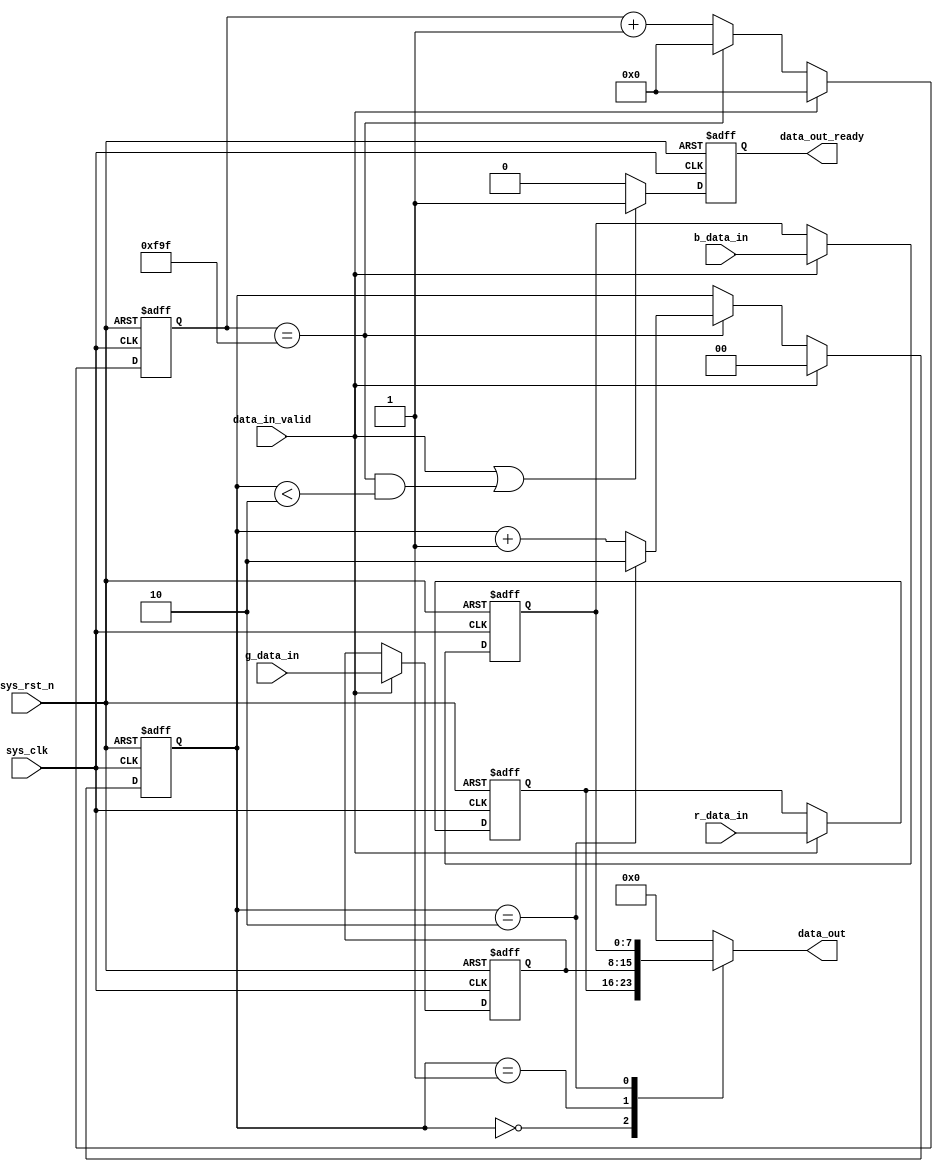
module whatever2 (input wire sys_clk,
                  input wire sys_rst_n,
                  input wire data_in_valid,
                  input wire [7:0] r_data_in,
                  input wire [7:0] g_data_in,
                  input wire [7:0] b_data_in,
                  output reg [7:0] data_out,
                  output reg data_out_ready);
    
    parameter COUNT1_MAX = 4000;
    reg [31:0] count1;
    reg [1:0] count2;
    reg [7:0] r_data;
    reg [7:0] g_data;
    reg [7:0] b_data;
    
    always @(posedge sys_clk or negedge sys_rst_n) begin
        if (sys_rst_n == 1'b0) begin
            r_data <= 8'b0;
            g_data <= 8'b0;
            b_data <= 8'b0;
        end
        else begin
            if (data_in_valid == 1'b1) begin
                r_data <= r_data_in;
                g_data <= g_data_in;
                b_data <= b_data_in;
            end
        end
    end
    
    always @(posedge sys_clk or negedge sys_rst_n) begin
        if (sys_rst_n == 1'b0) begin
            count1 <= 0;
        end
        else begin
            if (data_in_valid == 1'b1) begin
                count1 <= 0;
            end
            else begin
                if (count1 == COUNT1_MAX-1) begin
                    count1 <= 0;
                end
                else begin
                    count1 <= count1+1;
                end
            end
            
        end
    end
    
    always @(posedge sys_clk or negedge sys_rst_n) begin
        if (sys_rst_n == 1'b0) begin
            count2 <= 2'd2;
        end
        else begin
            if (data_in_valid == 1'b1) begin
                count2 <= 2'd0;
            end
            else begin
                if (count1 == COUNT1_MAX-1) begin
                    if (count2 == 2'd2) begin
                        count2 <= 2'd2;
                    end
                    else begin
                        count2 <= count2+2'd1;
                    end
                end
            end
        end
    end
    
    always @(posedge sys_clk or negedge sys_rst_n) begin
        if (sys_rst_n == 1'b0) begin
            data_out_ready <= 1'b0;
        end
        else begin
            if (data_in_valid == 1'b1||(count1 == COUNT1_MAX-1&&count2 < 2'd2)) begin
                data_out_ready <= 1'b1;
            end
            else begin
                data_out_ready <= 1'b0;
            end
        end
    end
    
    always @(*) begin
        case (count2)
            2'd0:data_out    <= r_data;
            2'd1:data_out    <= g_data;
            2'd2:data_out    <= b_data;
            default:data_out <= 8'd0;
        endcase
    end
    
endmodule